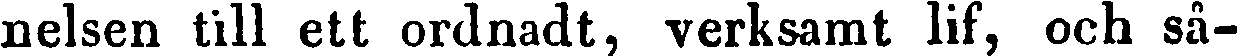
nelsen till ett ordnadt, verksamt lif, och så-